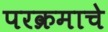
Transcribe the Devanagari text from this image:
परक्रमाचे